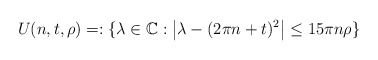
\begin{align*}U(n,t,\rho)=:\{\lambda\in\mathbb{C}:\left\vert \lambda-(2\pi n+t)^{2}\right\vert \leq15\pi n\rho\}\end{align*}